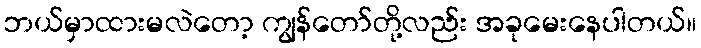
ဘယ်မှာထားမလဲတော့ ကျွန်တော်တို့လည်း အခုမေးနေပါတယ်။